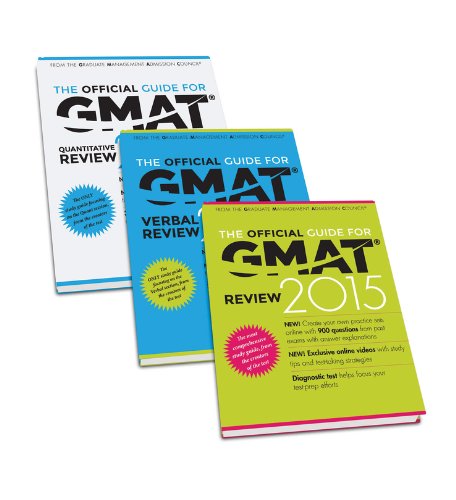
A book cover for The Official Guide for GMAT Review 2015 Bundle (Official Guide + Verbal Guide + Quantitative Guide); GMAC (Graduate Management Admission Council); Test Preparation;